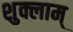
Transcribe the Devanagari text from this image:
शुक्लाम्